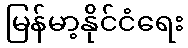
မြန်မာ့နိုင်ငံရေး